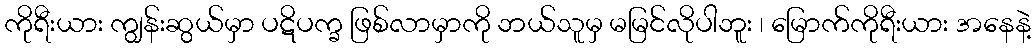
ကိုရီးယား ကျွန်းဆွယ်မှာ ပဋိပက္ခ ဖြစ်လာမှာကို ဘယ်သူမှ မမြင်လိုပါဘူး ၊ မြောက်ကိုရီးယား အနေနဲ့